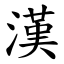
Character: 漢